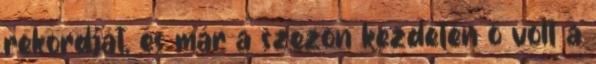
rekordját, és már a szezon kezdetén ő volt a